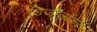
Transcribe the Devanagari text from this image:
डिजीलॉकर